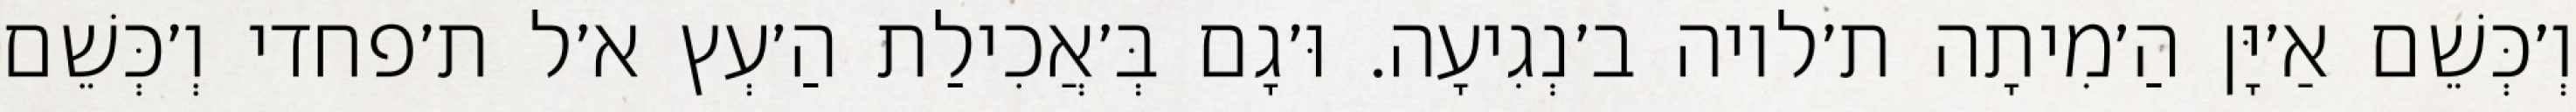
וְ׳כְּשֵׁם אַ׳יָּן הַ׳מִיתָה ת׳לויה ב׳נְגִיעָה. וּ׳גָם בְּ׳אֲכִילַת הַ׳עְץ א׳ל ת׳פחדי וְ׳כְּשֵׁם